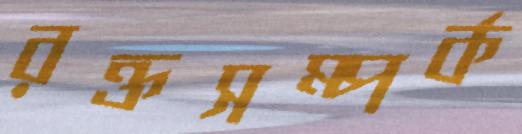
রক্তসম্পর্ক